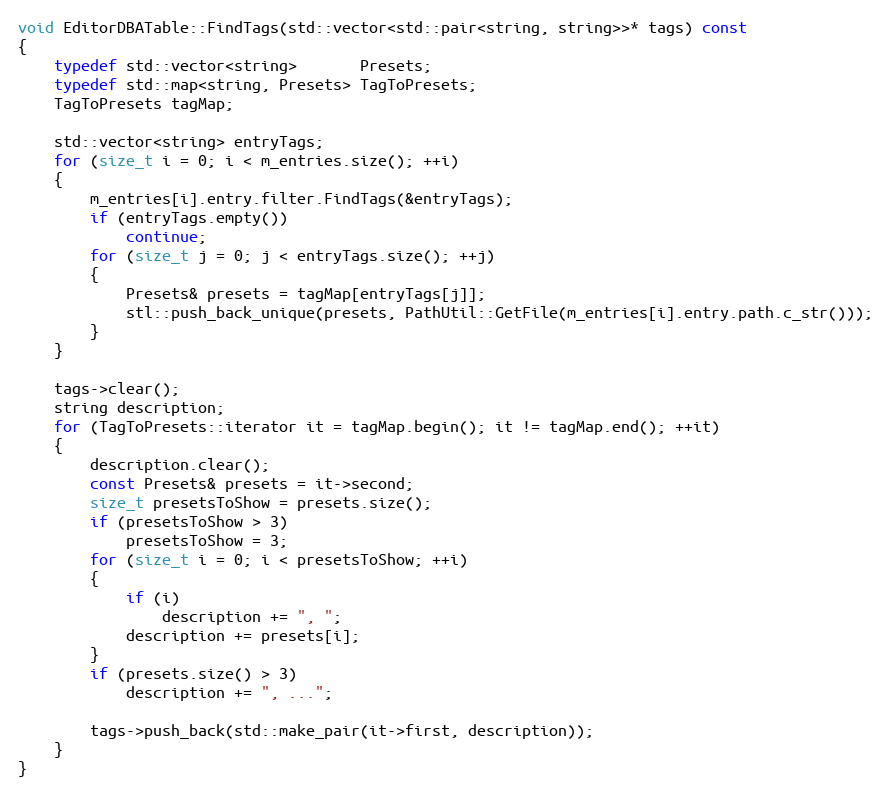
Language: C++
void EditorDBATable::FindTags(std::vector<std::pair<string, string>>* tags) const
{
	typedef std::vector<string>       Presets;
	typedef std::map<string, Presets> TagToPresets;
	TagToPresets tagMap;

	std::vector<string> entryTags;
	for (size_t i = 0; i < m_entries.size(); ++i)
	{
		m_entries[i].entry.filter.FindTags(&entryTags);
		if (entryTags.empty())
			continue;
		for (size_t j = 0; j < entryTags.size(); ++j)
		{
			Presets& presets = tagMap[entryTags[j]];
			stl::push_back_unique(presets, PathUtil::GetFile(m_entries[i].entry.path.c_str()));
		}
	}

	tags->clear();
	string description;
	for (TagToPresets::iterator it = tagMap.begin(); it != tagMap.end(); ++it)
	{
		description.clear();
		const Presets& presets = it->second;
		size_t presetsToShow = presets.size();
		if (presetsToShow > 3)
			presetsToShow = 3;
		for (size_t i = 0; i < presetsToShow; ++i)
		{
			if (i)
				description += ", ";
			description += presets[i];
		}
		if (presets.size() > 3)
			description += ", ...";

		tags->push_back(std::make_pair(it->first, description));
	}
}